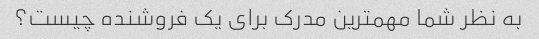
به نظر شما مهمترین مدرک برای یک فروشنده چیست؟